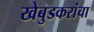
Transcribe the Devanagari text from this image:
खेबुडकरांचा